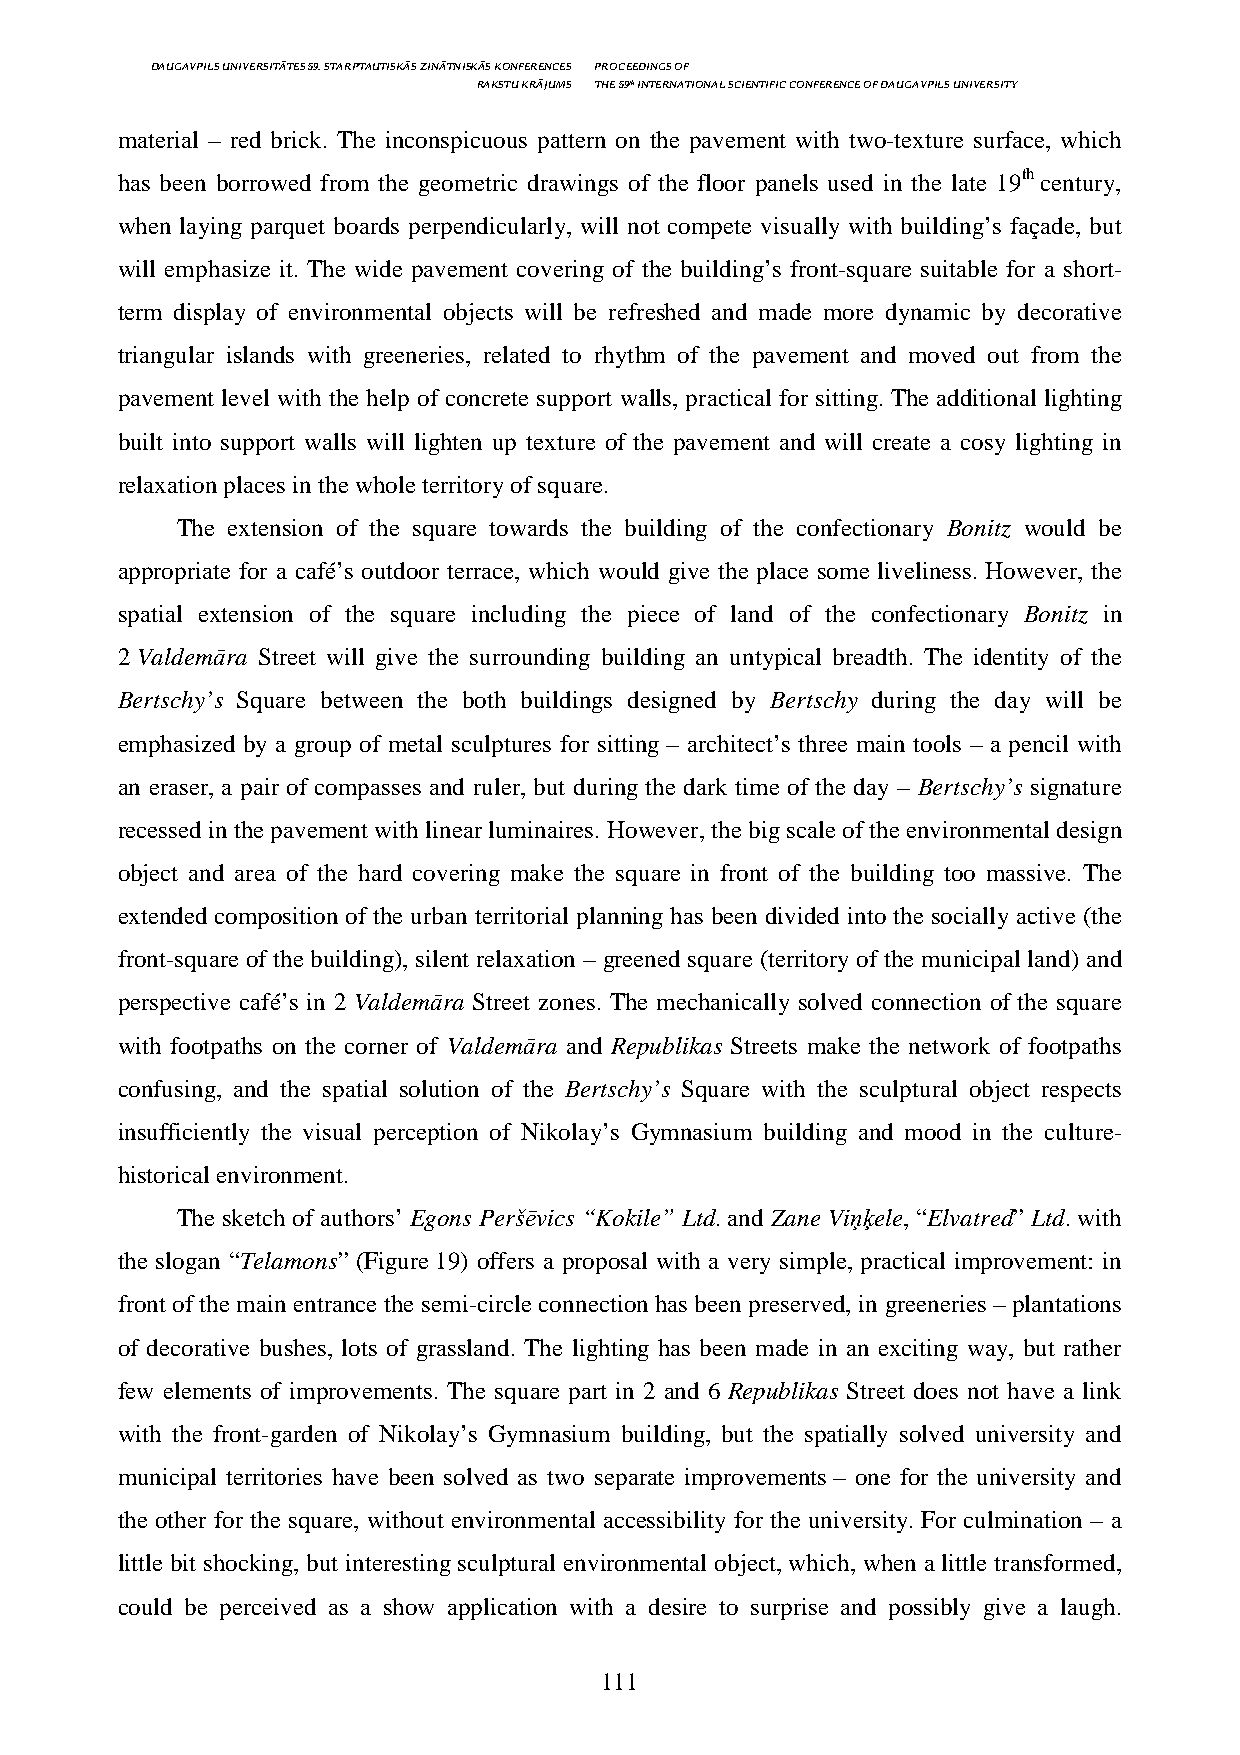
DAUGAVPILS UNIVERSITĀTES 59. STARPTAUTISKĀS ZINĀTNISKĀS KONFERENCES PROCEEDINGS OF
 RAKSTU KRĀJUMS THE 59th INTERNATIONAL SCIENTIFIC CONFERENCE OF DAUGAVPILS UNIVERSITY
 material – red brick. The inconspicuous pattern on the pavement with two-texture surface, which
 has been borrowed from the geometric drawings of the floor panels used in the late 19th century,
 when laying parquet boards perpendicularly, will not compete visually with building’s façade, but
 will emphasize it. The wide pavement covering of the building’s front-square suitable for a short-
 term display of environmental objects will be refreshed and made more dynamic by decorative
 triangular islands with greeneries, related to rhythm of the pavement and moved out from the
 pavement level with the help of concrete support walls, practical for sitting. The additional lighting
 built into support walls will lighten up texture of the pavement and will create a cosy lighting in
 relaxation places in the whole territory of square.
 The extension of the square towards the building of the confectionary Bonitz would be
 appropriate for a café’s outdoor terrace, which would give the place some liveliness. However, the
 spatial extension of the square including the piece of land of the confectionary Bonitz in
 2 Valdemāra Street will give the surrounding building an untypical breadth. The identity of the
 Bertschy’s Square between the both buildings designed by Bertschy during the day will be
 emphasized by a group of metal sculptures for sitting – architect’s three main tools – a pencil with
 an eraser, a pair of compasses and ruler, but during the dark time of the day – Bertschy’s signature
 recessed in the pavement with linear luminaires. However, the big scale of the environmental design
 object and area of the hard covering make the square in front of the building too massive. The
 extended composition of the urban territorial planning has been divided into the socially active (the
 front-square of the building), silent relaxation – greened square (territory of the municipal land) and
 perspective café’s in 2 Valdemāra Street zones. The mechanically solved connection of the square
 with footpaths on the corner of Valdemāra and Republikas Streets make the network of footpaths
 confusing, and the spatial solution of the Bertschy’s Square with the sculptural object respects
 insufficiently the visual perception of Nikolay’s Gymnasium building and mood in the culture-
 historical environment.
 The sketch of authors’ Egons Peršēvics “Kokile” Ltd. and Zane Viņķele, “Elvatred” Ltd. with
 the slogan “Telamons” (Figure 19) offers a proposal with a very simple, practical improvement: in
 front of the main entrance the semi-circle connection has been preserved, in greeneries – plantations
 of decorative bushes, lots of grassland. The lighting has been made in an exciting way, but rather
 few elements of improvements. The square part in 2 and 6 Republikas Street does not have a link
 with the front-garden of Nikolay’s Gymnasium building, but the spatially solved university and
 municipal territories have been solved as two separate improvements – one for the university and
 the other for the square, without environmental accessibility for the university. For culmination – a
 little bit shocking, but interesting sculptural environmental object, which, when a little transformed,
 could be perceived as a show application with a desire to surprise and possibly give a laugh.
 111